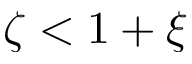
\zeta < 1 + \xi